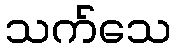
သက်သေ